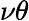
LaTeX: \nu\theta